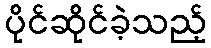
ပိုင်ဆိုင်ခဲ့သည့်